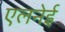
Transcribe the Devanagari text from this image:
एलनेई